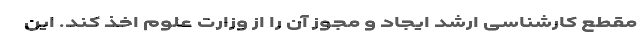
مقطع کارشناسی ارشد ایجاد و مجوز آن را از وزارت علوم اخذ کند. این